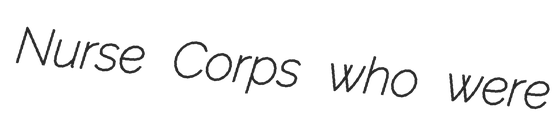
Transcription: Nurse Corps who were